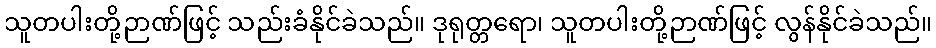
သူတပါးတို့ဉာဏ်ဖြင့် သည်းခံနိုင်ခဲသည်။ ဒုရုတ္တရော၊ သူတပါးတို့ဉာဏ်ဖြင့် လွန်နိုင်ခဲသည်။